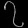
Digit: ၇